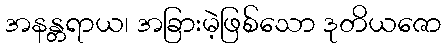
အနန္တရာယ၊ အခြားမဲ့ဖြစ်သော ဒုတိယဇော